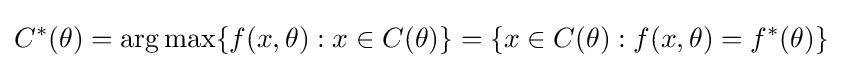
C^{*}(\theta )=\mathrm {arg} \max\{f(x,\theta ):x\in C(\theta )\}=\{x\in C(\theta ):f(x,\theta )=f^{*}(\theta )\}